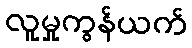
လူမှုကွန်ယက်